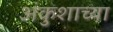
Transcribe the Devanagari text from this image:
अंकुशाच्या